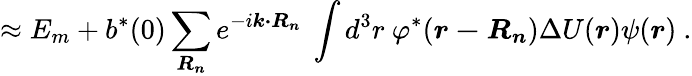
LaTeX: \approx E_{m}+b^{*}(0)\sum_{\boldsymbol{R_{n}}}e^{-i{\boldsymbol{k\cdot R_{n}}}}\ \int d^{3}r\ \varphi^{*}({\boldsymbol{r-R_{n}}})\Delta U({\boldsymbol{r}})\psi({\boldsymbol{r}})\ .